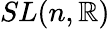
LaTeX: SL(n,\mathbb{R})